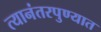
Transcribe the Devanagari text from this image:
त्यानंतरपुण्यात